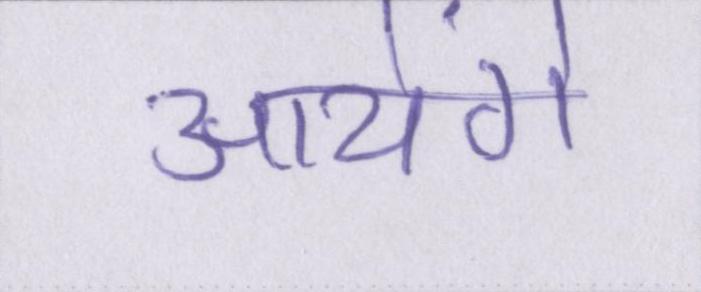
आयेंगे